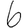
Digit: 6